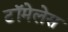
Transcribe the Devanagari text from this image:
टॉमेलेस